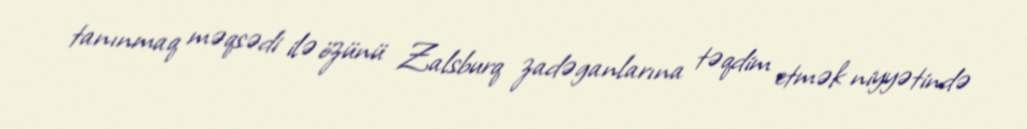
tanınmaq məqsədi ilə özünü Zalsburq zadəganlarına təqdim etmək niyyətində